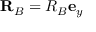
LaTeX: \mathbf { R } _ { B } = R _ { B } \mathbf { e } _ { y }